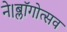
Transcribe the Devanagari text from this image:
ने।ब्लॉगोत्सव